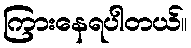
ကြားနေရပါတယ်။